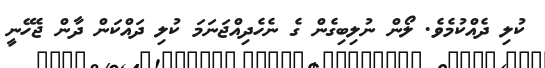
ކުލި ދެއްކުމެވެ. ލޯން ނުލިބިގެން ގެ ނެހެދިއްޖަނަމަ ކުލި ދައްކަން ދާން ޖެހޭނީ